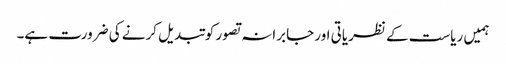
ہمیں ریاست کے نظریاتی اور جابرانہ تصور کوتبدیل کرنے کی ضرورت ہے۔